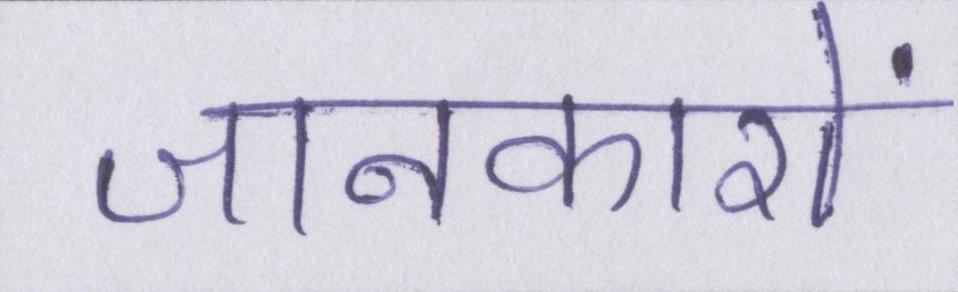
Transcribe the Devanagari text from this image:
जानकारों